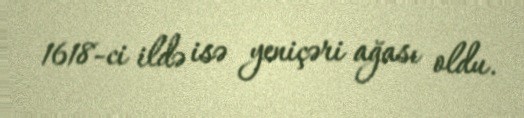
1618-ci ildə isə yeniçəri ağası oldu.